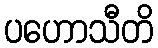
ပဟောသီတိ